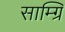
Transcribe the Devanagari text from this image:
साम्ग्रि